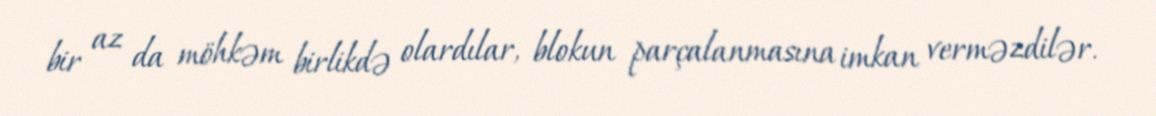
bir az da möhkəm birlikdə olardılar, blokun parçalanmasına imkan verməzdilər.